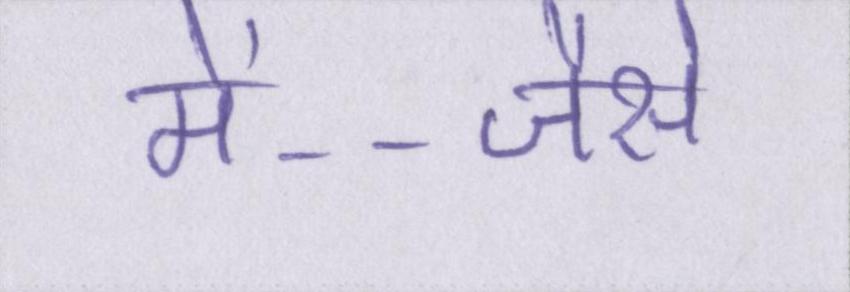
में--जैसे